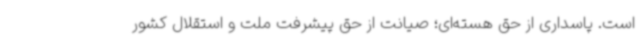
است. پاسداری از حق هسته‌ای؛ صیانت از حق پیشرفت ملت و استقلال کشور